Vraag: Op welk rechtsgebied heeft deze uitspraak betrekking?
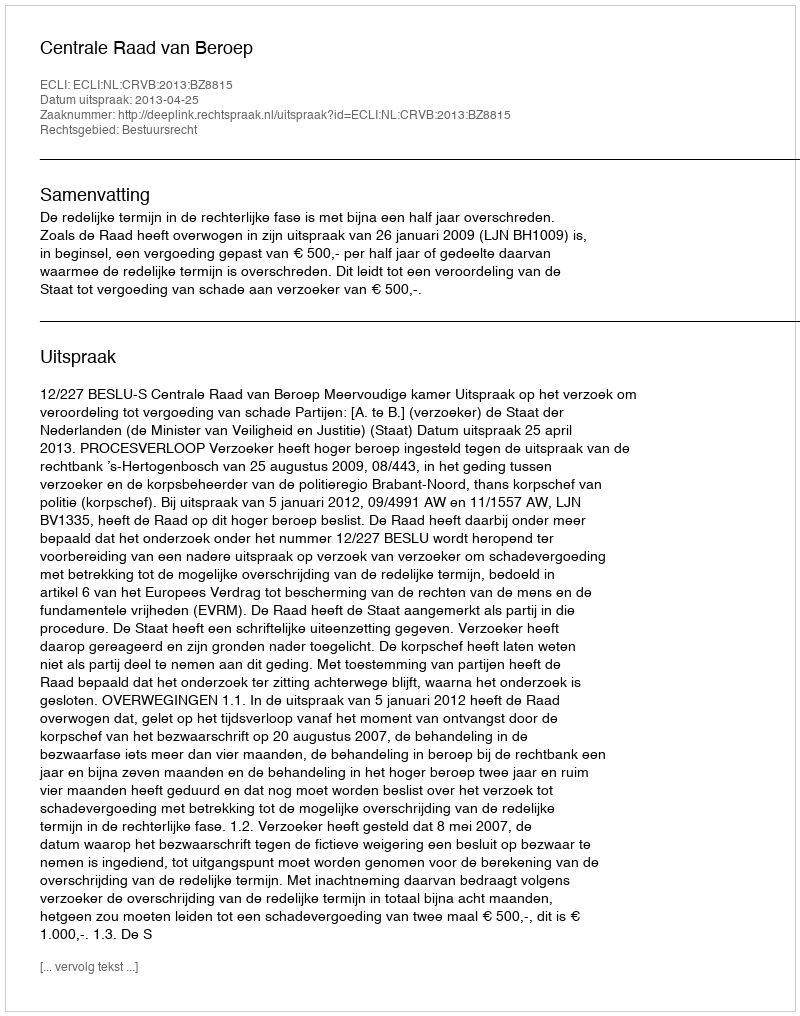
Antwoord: Bestuursrecht